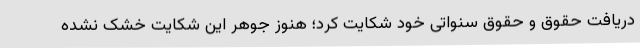
دریافت حقوق و حقوق سنواتی خود شکایت کرد؛ هنوز جوهر این شکایت خشک نشده